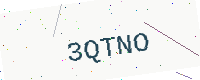
Text: 3QTNO